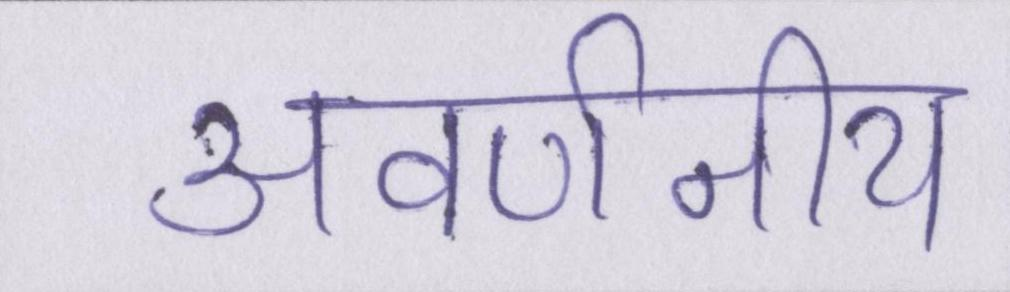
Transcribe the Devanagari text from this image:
अवर्णनीय